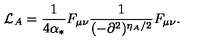
{ \cal L } _ { A } = \frac { 1 } { 4 \alpha _ { * } } F _ { \mu \nu } \frac { 1 } { ( - \partial ^ { 2 } ) ^ { \eta _ { A } / 2 } } F _ { \mu \nu } .